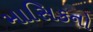
માસિકનો